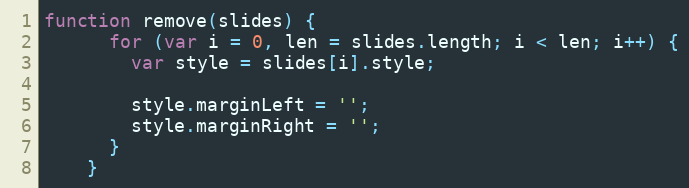
Language: JavaScript
function remove(slides) {
      for (var i = 0, len = slides.length; i < len; i++) {
        var style = slides[i].style;

        style.marginLeft = '';
        style.marginRight = '';
      }
    }